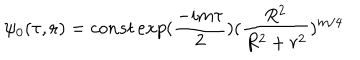
LaTeX: \psi _ { 0 } ( \tau , { \bf r } ) = c o n s t \, e x p ( \frac { - i m \tau } { 2 } ) ( \frac { R ^ { 2 } } { R ^ { 2 } + r ^ { 2 } } ) ^ { m / 4 }